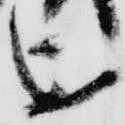
を